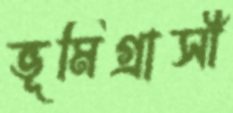
ভূমিগ্রাসী